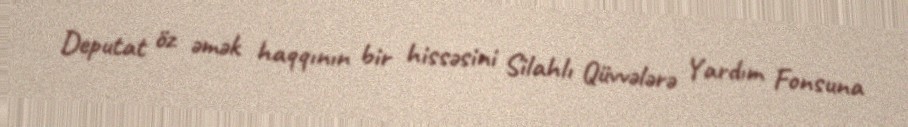
Deputat öz əmək haqqının bir hissəsini Silahlı Qüvvələrə Yardım Fonsuna